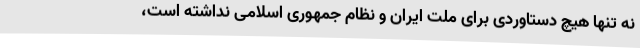
نه تنها هیچ دستاوردی برای ملت ایران و نظام جمهوری اسلامی نداشته است،